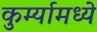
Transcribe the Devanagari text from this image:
कुर्म्यामध्ये